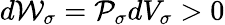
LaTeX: d{\cal W}_{\sigma}={\cal P}_{\sigma}dV_{\sigma}>0